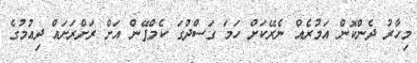
މިހާރު ދެންކޮން އަމުރެއް ނެރޭކަށް ހަމަ ގަސްދުގަ ކެމްޕޭން އަށް ރަށްރަށައް ދިއުމުގެ